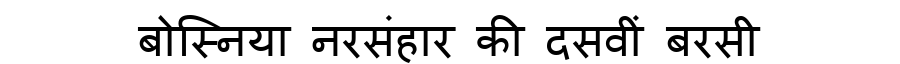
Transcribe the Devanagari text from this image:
बोस्निया नरसंहार की दसवीं बरसी